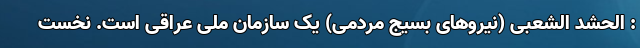
: الحشد الشعبی (نیروهای بسیج مردمی) یک سازمان ملی عراقی است. نخست